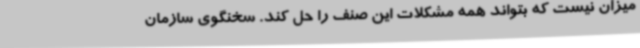
میزان نیست که بتواند همه مشکلات این صنف را حل کند. سخنگوی سازمان